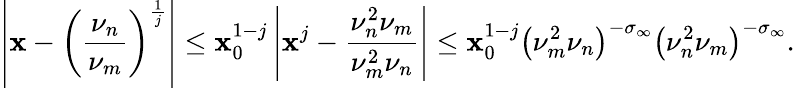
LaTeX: \left|\mathbf{x}-\left(\frac{{\nu_{n}}}{{\nu_{m}}}\right)^{\frac{{1}}{{j}}}\right|\leq\mathbf{x}_{0}^{1-j}\left|\mathbf{x}^{j}-\frac{{\nu_{n}^{2}\nu_{m}}}{{\nu_{m}^{2}\nu_{n}}}\right|\leq\mathbf{x}_{0}^{1-j}\left(\nu_{m}^{2}\nu_{n}\right)^{-\sigma_{\infty}}\left(\nu_{n}^{2}\nu_{m}\right)^{-\sigma_{\infty}}.